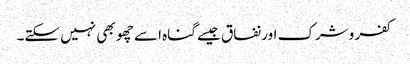
کفر وشرک اور نفاق جیسے گناہ اسے چھو بھی نہیں سکتے۔